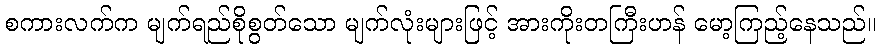
စကားလက်က မျက်ရည်စိုစွတ်သော မျက်လုံးများဖြင့် အားကိုးတကြီးဟန် မော့ကြည့်နေသည်။